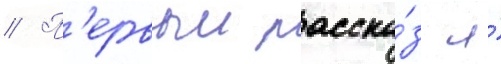
// П'ервыи расска́з я́